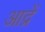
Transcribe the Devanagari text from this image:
आद्रें